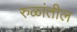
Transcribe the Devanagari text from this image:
रुळांतील